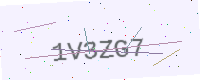
Text: 1V3ZG7